Lunatic asylums Punjab 1911-1921 - 1911-1921
Year: 1911
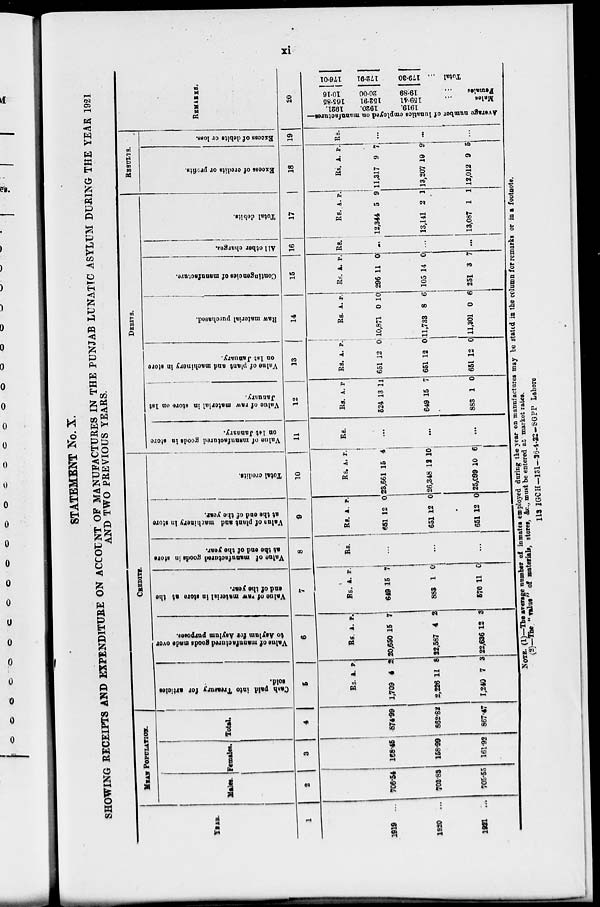
xi
STATEMENT No. X.
SHOWING RECEIPTS AND EXPENDITURE ON ACCOUNT OF MANUFACTURES IN THE PUNJAB LUNATIC ASYLUM DURING THE YEAR 1921
YEAR.
1
1919 ...
1920 ...
1921 ...
MEAN POPULATION.
Males.
2
706.54
703.83
705.55
Females.
3
168.45
158.99
161.92
Total.
4
874.99
862.82
867.47
CREDITS.
Cash
paid into Treasury for articles
sold.
5
Rs.
1,709
2,226
1,240
A.
4
11
7
P.
2
8
3
Value of manufactured goods made over
to Asylum for Asylum purposes.
6
Rs.
20,650
22,587
22,636
A.
15
4
12
P.
7
2
3
Value
of raw material in store at the
end of the year.
7
Rs.
649
883
570
A.
15
1
11
P.
7
0
0
Value of manufactured goods in store
at the end of the year.
8
Rs.
...
...
...
Value
of plant and machinery in store
at the end of the year.
9
Rs.
651
651
651
A.
12
12
12
P.
0
0
0
Total credits.
10
Rs.
23,661
26,348
25,099
A.
15
12
10
P.
4
10
6
DEBITS.
Value of manufactured goods in store
on 1st January.
11
Rs.
...
...
...
Value of raw material in store on 1st
January.
12
Rs.
524
649
883
A.
13
15
1
P.
11
7
0
Value
of plant and machinery in store
on 1st January.
13
Rs.
651
651
651
A.
12
12
12
P.
0
0
0
Raw material purchased.
14
Rs.
10,871
11,733
11,301
A.
0
8
0
P.
10
6
6
Contingencies of manufacture.
15
Rs.
296
105
251
A.
11
14
3
P.
0
0
7
All other charges.
16
Rs.
...
...
Total debits.
17
Rs
12,344
13,141
13,087
A.
5
2
1
P.
9
1
1
RESULTS.
Excess of credits or profits.
.
18
Rs.
11,317
13,207
12,012
A.
9
19
9
P.
7
9
5
Excess of debits or loss.
19
Rs.
...
...
...
REMARKS.
20
Average number of lunatics employed on manufactures—
1921.
1920.
1919.
165.85
152.91
159.41
Males ...
10.16
20.00
19.89
Females ...
176.01
172.91
179.30
Total...
NOTE (1)—The average number of inmates employed during the year on manufactures may be stated in the column for remarks or in a footnote.
(2)—The " value " of materials, stores, &c., must be entered at market rates.
113 IGCH—131—26-4-22-SGPP Lahore